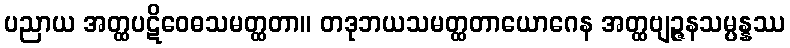
ပညာယ အတ္ထပဋိဝေဓသမတ္ထတာ။ တဒုဘယသမတ္ထတာယောဂေန အတ္ထဗျဉ္ဇနသမ္ပန္နဿ